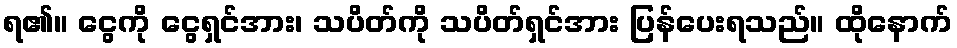
ရ၏။ ငွေကို ငွေရှင်အား၊ သပိတ်ကို သပိတ်ရှင်အား ပြန်ပေးရသည်။ ထိုနောက်